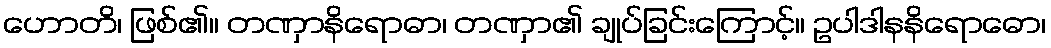
ဟောတိ၊ ဖြစ်၏။ တဏှာနိရောဓာ၊ တဏှာ၏ ချုပ်ခြင်းကြောင့်။ ဥပါဒါနနိရောဓော၊